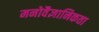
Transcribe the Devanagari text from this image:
मनोवैज्ञानिकता